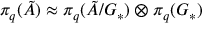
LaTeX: \pi _ { q } ( \tilde { \cal A } ) \approx \pi _ { q } ( \tilde { \cal A } / { \cal G } _ { \ast } ) \otimes \pi _ { q } ( \cal G _ { \ast } )